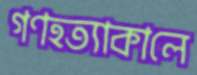
গণহত্যাকালে